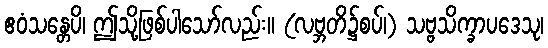
ဧဝံသန္တေပိ၊ ဤသို့ဖြစ်ပါသော်လည်း။ (လဗ္ဘတိ၌စပ်၊) သဗ္ဗသိက္ခာပဒေသု၊